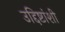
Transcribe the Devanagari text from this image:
उद्दिष्टांशी